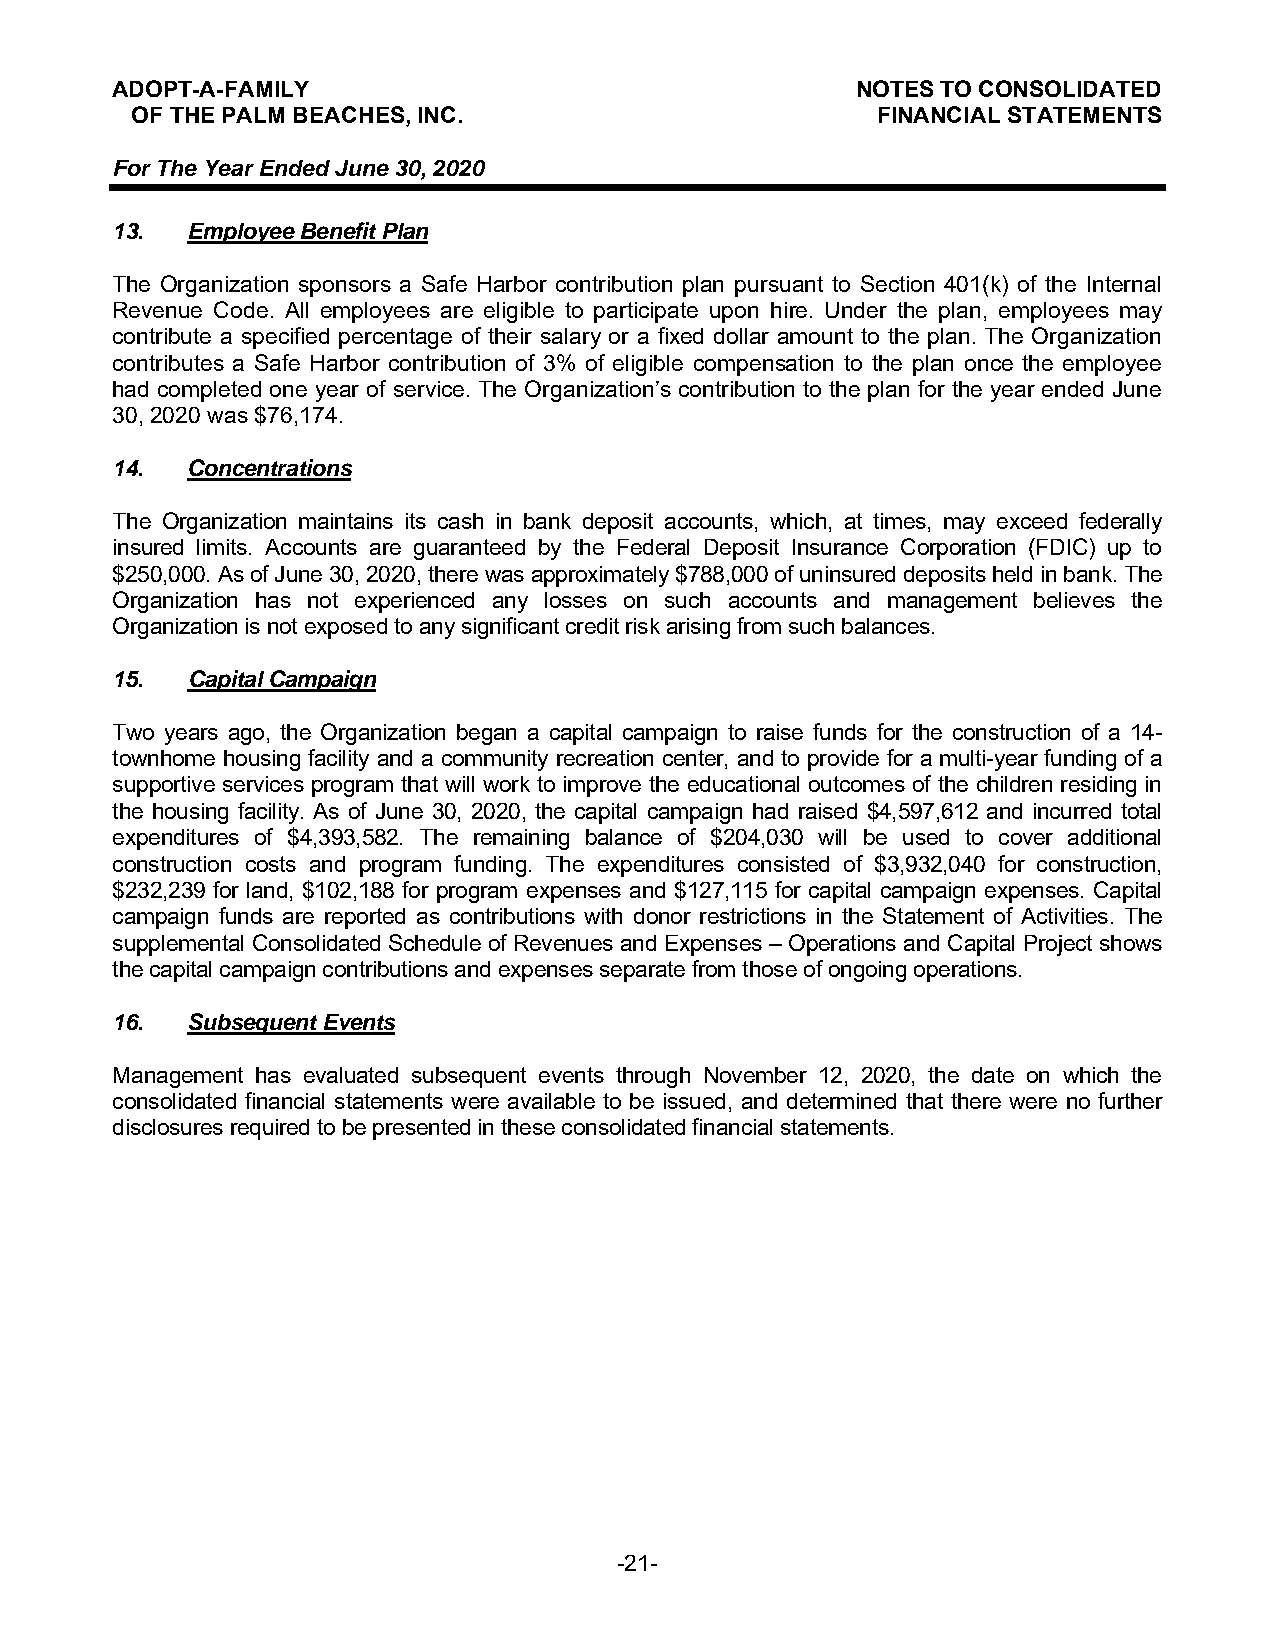
ADOPT-A-FAMILY                                    NOTES TO CONSOLIDATED
 OF THE PALM BEACHES, INC.                        FINANCIAL STATEMENTS
 For The Year Ended June 30, 2020
 13.  Employee Benefit Plan
 The Organization sponsors a Safe Harbor contribution plan pursuant to Section 401(k) of the Internal
 Revenue Code. All employees are eligible to participate upon hire. Under the plan, employees may
 contribute a specified percentage of their salary or a fixed dollar amount to the plan. The Organization
 contributes a Safe Harbor contribution of 3% of eligible compensation to the plan once the employee
 had completed one year of service. The Organization’s contribution to the plan for the year ended June
 30, 2020 was $76,174.
 14.  Concentrations
 The Organization maintains its cash in bank deposit accounts, which, at times, may exceed federally
 insured limits. Accounts are guaranteed by the Federal Deposit Insurance Corporation (FDIC) up to
 $250,000. As of June 30, 2020, there was approximately $788,000 of uninsured deposits held in bank. The
 Organization has not experienced any losses on such accounts and management believes the
 Organization is not exposed to any significant credit risk arising from such balances.
 15.  Capital Campaign
 Two years ago, the Organization began a capital campaign to raise funds for the construction of a 14-
 townhome housing facility and a community recreation center, and to provide for a multi-year funding of a
 supportive services program that will work to improve the educational outcomes of the children residing in
 the housing facility. As of June 30, 2020, the capital campaign had raised $4,597,612 and incurred total
 expenditures of $4,393,582. The remaining balance of $204,030 will be used to cover additional
 construction costs and program funding. The expenditures consisted of $3,932,040 for construction,
 $232,239 for land, $102,188 for program expenses and $127,115 for capital campaign expenses. Capital
 campaign funds are reported as contributions with donor restrictions in the Statement of Activities. The
 supplemental Consolidated Schedule of Revenues and Expenses – Operations and Capital Project shows
 the capital campaign contributions and expenses separate from those of ongoing operations.
 16.  Subsequent Events
 Management has evaluated subsequent events through November 12, 2020, the date on which the
 consolidated financial statements were available to be issued, and determined that there were no further
 disclosures required to be presented in these consolidated financial statements.
 -21-